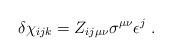
LaTeX: \begin{align*}\delta\chi_{ijk} = Z_{ij\mu\nu}\sigma^{\mu\nu}\epsilon^j \ .\end{align*}